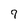
Character: 9